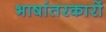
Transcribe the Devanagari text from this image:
भाषांतरकारों